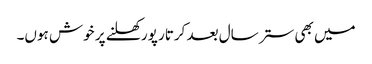
میں بھی ستر سال بعد کرتار پور کھلنے پر خوش ہوں۔